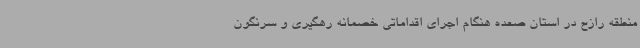
منطقه رازح در استان صعده هنگام اجرای اقداماتی خصمانه رهگیری و سرنگون